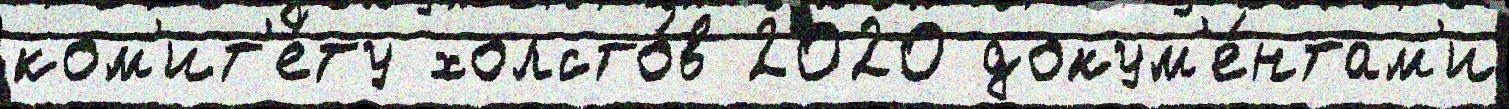
ком'ит'е́ту холсто́в 2020 докум'е́нтам'и